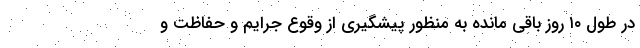
در طول ۱۰ روز باقی مانده به منظور پیشگیری از وقوع جرایم و حفاظت و